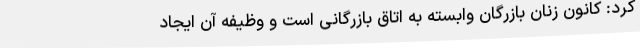
کرد: کانون زنان بازرگان وابسته به اتاق بازرگانی است و وظیفه آن ایجاد